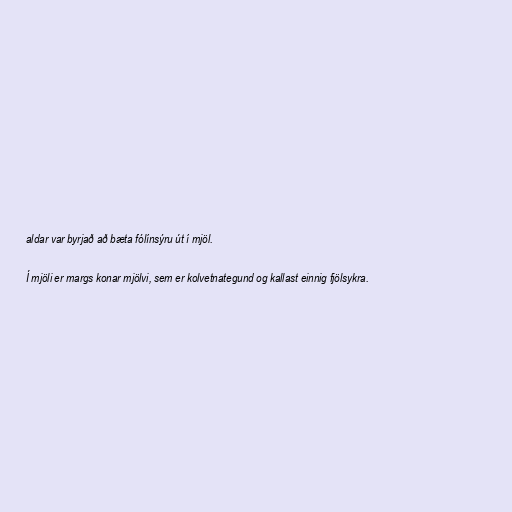
aldar var byrjað að bæta fólínsýru út í mjöl.

Í mjöli er margs konar mjölvi, sem er kolvetnategund og kallast einnig fjölsykra.